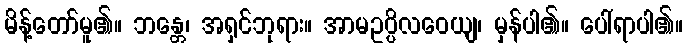
မိန့်တော်မူ၏။ ဘန္တေ၊ အရှင်ဘုရား။ အာမဥပ္ပိလဝေယျ၊ မှန်ပါ၏။ ပေါ်ရာပါ၏။